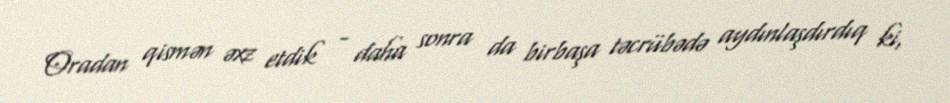
Oradan qismən əxz etdik - daha sonra da birbaşa təcrübədə aydınlaşdırdıq ki,